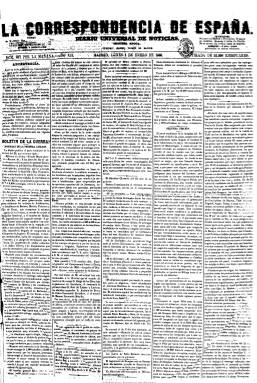
Título: La Correspondencia de España
Otros títulos: Correspondencia de España y extranjero
Colección: Periódicos
Ámbito geográfico: Madrid
Lugar de publicación: Madrid
Fechas: 02/01/1860-27/06/1925

Es el primer periódico que inicia el periodismo de empresa en España y como diario vespertino de carácter nacional estrictamente informativo e independiente de los partidos políticos, alejado, por tanto, del doctrinarismo, y ser a la vez el primero en también alcanzar las mayores tiradas nunca conocidas antes en la prensa española. Es heredera de Carta autógrafa que, desde octubre de 1848, empezó a redactar el sevillano Manuel María de Santa Ana (1820-1894) en hojas manuscritas y después litografiadas, como un servicio confidencial de noticias que recababa directamente en los centros e instituciones oficiales y otras entidades para distribuirlas fundamentalmente a los propios periódicos y otros abonados. En 1851 había cambiado su título a La correspondencia autógrafa para ser ya impresa y diaria para, en octubre de 1859, adoptar su título definitivo, cuando Santa Ana lo tenía arrendado al futuro propietario de La época (1849-1936), Ignacio José Escobar (1823-1897), quien la había puesto al servicio de la Unión Liberal del general Leopoldo O’Donnell (1809-1867), regresando a manos de su fundador en abril del año siguiente. La colección de la Biblioteca Nacional de España comienza el dos enero de 1860, con las indicaciones Segunda época, año XII, número 487, pues continúa la secuencia de La correspondencia autógrafa.

Aunque con la implantación del telégrafo y el ferrocarril el primer periódico informativo e independiente venía siendo Las novedades (1850-1872), el diario de Santa Ana, con un precio barato y un revolucionario sistema de venta callejera, en poco tiempo empieza a multiplicar su tirada, alcanzando en sólo un año veinte mil ejemplares diarios, un éxito fulminante y sin precedentes, superando en ventas, en 1864, a Las novedades y convirtiéndose en el diario más vendido de España con mucha diferencia sobre los demás. A ello contribuyó el interés por las guerras de África, de Italia o Crimea. Junto a los también madrileños y futuros directos competidores El imparcial (1867-1933) y El liberal (1879-1939), La correspondencia formará el trío de los grandes diarios informativos e independientes desde la segunda mitad del siglo diecinueve, desapareciendo en 1925.

Desde su posición liberal moderada, sólo en otra ocasión tomará partido, cuando lo hace entre 1869-1870 a favor de la candidatura a la Corona española del duque de Montpensier, Antonio de Orleans (1824-1990), por amistad personal de su fundador, periodo en el que supera los 50.000 ejemplares, aumentando la distancia con sus competidores. En 1876, El imparcial -el diario que consolidará el periodismo informativo en España y que le superará en tirada en 1882- le motejará de ser “ministerial de todos los ministerios”, al que la aludida responderá de ser “amiga de todos” y de practicar una “bondadosa imparcialidad”, remoquetes que se repetirán cada vez que la polémica arrecie entre los grandes diarios de la Restauración. Según Seoane (1983), el prototipo de periódico informativo y preferido del público será aséptico y si no, neutral, al menos independiente en política.

Con el subtítulo “diario universal de noticias”, adopta una confección original en un formato de cuatro páginas a varias columnas con noticias en bruto, clasificándolas según su orden de recepción, donde su primera página corresponderá a la “primera edición” y así sucesivamente, para más tarde clasificarlas en ediciones de tarde, de noche y de mañana. Además de su predominio absoluto de la información (no siempre aséptica), incluye también comentarios y gacetillas ligeras y breves secciones de culto y espectáculos, así como los clásicos folletines, que ocuparán los faldones de sus dos primeras páginas o de las últimas. En la cuarta plana insertará los anuncios comerciales, que llegarán a invadir también la tercera, y será también el introductor de las esquelas. También irá incluyendo textos de modas, ecos de sociedad, noticias de sucesos, deportes, etc.

Entre 1874-1876 publica también una edición de la mañana bajo la cabecera La correspondencia de la mañana, que posteriormente se titula Diario de las familias de avisos y noticias de Madrid político, mercantil y literario. En algunas ocasiones llega a tirar hasta siete ediciones diarias, incluidas las de provincias, y publica también ediciones especiales, como la de Filipinas, y números extraordinarios bellamente ilustrados y con textos de autores consagrados. Incluirá ocasionalmente en su cuarta plana: Diario oficial de avisos de Madrid, así como El montepío universal y La crónica de la moda y de la música. En 1890 aparece incluso una edición de verano titulada La correspondencia de San Sebastián.

Entre sus redactores estuvieron, entre otros, Francisco de P. Altolaguirre, Rafael María Baralt, José Bravo Destuet, José María del Campo, Joaquín Gálvez, Antonio Trueba, Blas Aguilar Alvarado, Eusebio Blasco, Felipe Ducazcal, Hilarión de Zuloaga (que aparece también como editor), Leandro Pérez Cossío, Fernando Cos-Gayón, José María Llamas de Aguilaniedo o Francisco Barber. Su fundador, que había recibido el título de marqués de Santa Ana en 1889, dejará la propiedad a su hijo Luis, que tras morir éste prematuramente en un accidente en los talleres del periódico, pasará a su hermano Eduardo. Suceden en su dirección Andrés Mellado Fernández (1891-1897) y Fernando Soldevilla Ruiz (1897-1903). En julio de este año el aragonés Leopoldo Romero (que utiliza el seudónimo de Juan de Aragón) será nombrado redactor-jefe y posteriormente director. Con el paso de la propiedad al yerno del fundador son incorporados a la redacción jóvenes valores del periodismo, como Manuel Delgado Bareto (redactor-jefe), Félix Lorenzo, Enrique Fajardo (Fabián Vidal), Rafael Cansinos-Asséns. Entre 1905-1909, Ramiro de Maeztu será su corresponsal en Londres. Cristóbal de Castro, corresponsal en Rusia durante la guerra con Japón. Ricardo Catarinéu (Caramanchel), crítico teatral, que además escribe una serie de crónicas viajeras apócrifas. Fernando Martín Redondo, su editorialista durante más de cuarenta años. Federico Mínguez (El Tío Capa), revistero taurino durante catorce años. Gutiérrez Pons, director artístico, y Corpus Barga será corresponsal en París durante la primera guerra mundial.

“La corres” –como era voceada por los vendedores callejeros, como también se la motejó de “gorro de dormir”, pues se entendía que había que irse a la cama con este periódico ya leído tanto por liberales como por conservadores desde su inequívoca neutralidad monárquica- traspasa el nuevo siglo manteniendo la vieja competencia con El imparcial (1867-1933) y El Liberal (1879-1939), a la que se le había unido El Heraldo de Madrid (1890-1939), que integrarán el trust de la Sociedad Editorial Española, contra la que liderará la competencia, y vérselas también con la del nuevo diario monárquico conservador Abc (1903-). Aumentará cada número hasta las ocho páginas y sacará de nuevo ediciones matutinas.

No será partidaria de la guerra de Marruecos (1909) y cuando estalle la primera guerra mundial  se mostrará aliadófila, siendo subvencionada por el Ministerio de Asuntos Exteriores francés, a la vez que su director también cobrará como corresponsal en Madrid del Daily Telegraph la suma de 40.000 pesetas anuales, cantidad tan desorbitada que equivalía a un 33 por ciento más que el sueldo de un consejero de la Corona española. Si los datos de 1906 le otorgan 50.000 ejemplares diarios, la estadística de 1913 asciende a 130.000, una tirada “extraordinariamente exagerada”, tal como señalan Seoane y Sáiz (1996), en una época en la que ya había entrado en un proceso de decadencia evidente.

A la dura competencia del El Heraldo de Madrid (1890-1939) se le sumará la del también vespertino madrileño La voz (1920-1939), precipitándola hacia su declive final, que entrará en barrena cuando, tras fallecer su padre, Florentina Santa Ana, nieta del fundador, no se avenga a las propuestas de adquisición de la propiedad por parte del director –Leopoldo Romero-, que en 1917 había obtenido acta como diputado liberal y abandonará el periódico, junto a sus mejores periodistas y su administrador, Serafín Adame Martínez, para fundar el nuevo vespertino madrileño y también básicamente informativo: Informaciones, que aparecerá el 24 de enero de 1922. A partir de aquí se sucederán sus directores: Graciano Atienza, Víctor de la Serna, José Betancort Cabrera o Francisco Lucientes, hasta la edición de su último número, el 27 de junio de 1925, no sin antes haber modificado su cabecera a La correspondencia de España y del extranjero.
- - - - - -
Incluye como suplementos La Correspondencia de la mañana (1874-1876) y el Diario de las familias de avisos y noticias de Madrid (1876).

[Descripción modificada el 17/11/2023]